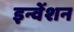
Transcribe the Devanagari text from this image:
इन्वेंशन